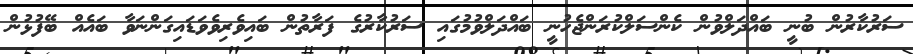
ސަރުކާރުން ބުނީ ބައްދަލްވުން ކެންސަލްކުރަންޖެހުނީ ބައްދަލްވުމުގައި ސަރުކާރުގެ ފަރާތުން ބައިވެރިވެވަޑައިގަންނަވާ ބައެއް ބޭފުޅުން